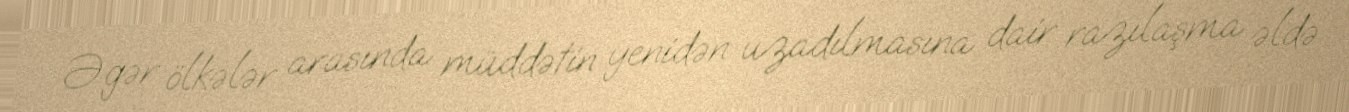
Əgər ölkələr arasında müddətin yenidən uzadılmasına dair razılaşma əldə